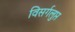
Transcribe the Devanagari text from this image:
विसर्गलुप्त